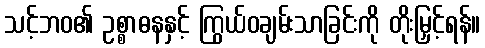
သင့်ဘဝ၏ ဥစ္စာဓနနှင့် ကြွယ်ဝချမ်းသာခြင်းကို တိုးမြှင့်ရန်။